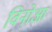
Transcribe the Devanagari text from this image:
विनोआ